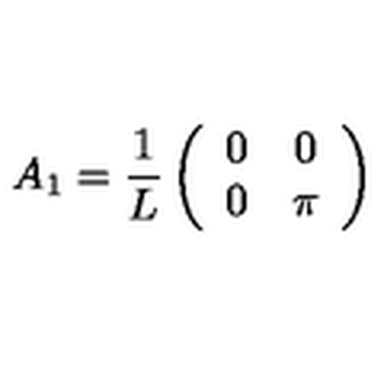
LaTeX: A _ { 1 } = \frac { 1 } { L } \left( \begin{array} { c c } { 0 } & { 0 } \\ { 0 } & { \pi } \\ \end{array} \right)